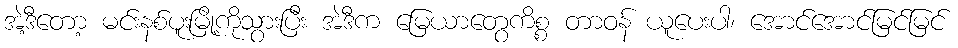
အဲ့ဒီတော့ မင်းနစ်ပူးမြို့ကိုသွားပြီး အဲဒီက မြေယာတွေကိစ္စ တာဝန် ယူပေးပါ၊ အောင်အောင်မြင်မြင်